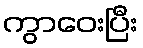
ကွာဝေးပြီး